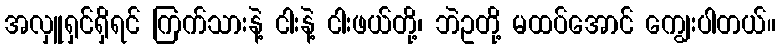
အလှူရှင်ရှိရင် ကြက်သားနဲ့ ငါးနဲ့ ငါးဖယ်တို့၊ ဘဲဥတို့ မထပ်အောင် ကျွေးပါတယ်။